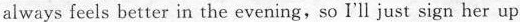
always feels better in the evening,so I'll just sign her up